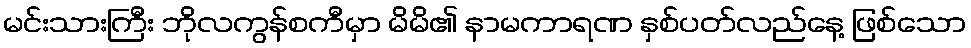
မင်းသားကြီး ဘိုလကွန်စကီမှာ မိမိ၏ နာမကာရဏ နှစ်ပတ်လည်နေ့ ဖြစ်သော